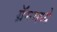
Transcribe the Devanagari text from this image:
ग्रॅममध्ये